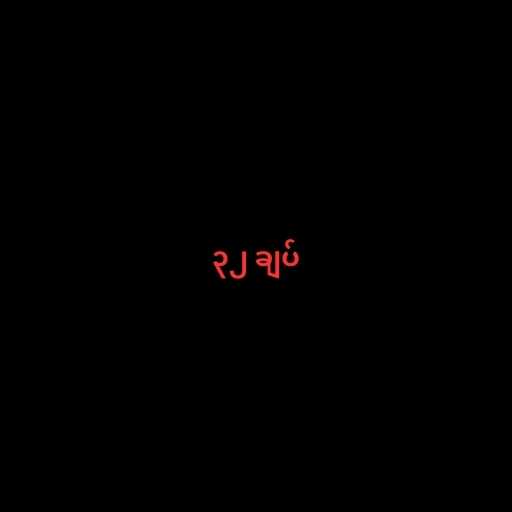
၃၂ ချပ်